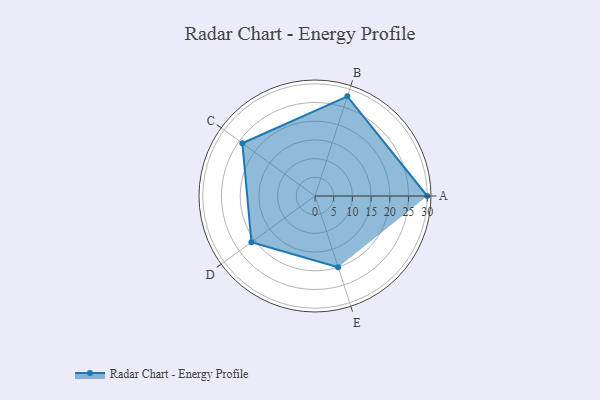
{"axis": {"x": "Skill", "y": "Score"}, "legend": ["Profile"], "data": [{"x": "A", "y": 30.0, "type": "Profile"}, {"x": "B", "y": 28.0, "type": "Profile"}, {"x": "C", "y": 24.0, "type": "Profile"}, {"x": "D", "y": 21.0, "type": "Profile"}, {"x": "E", "y": 20, "type": "Profile"}]}